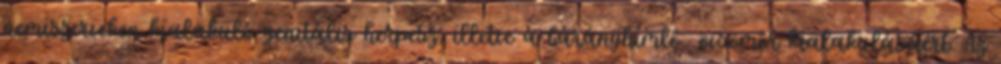
nemiszerveken kialakuló genitális herpesz, illetve a bárányhimlő övsömör kialakulásáért. Az